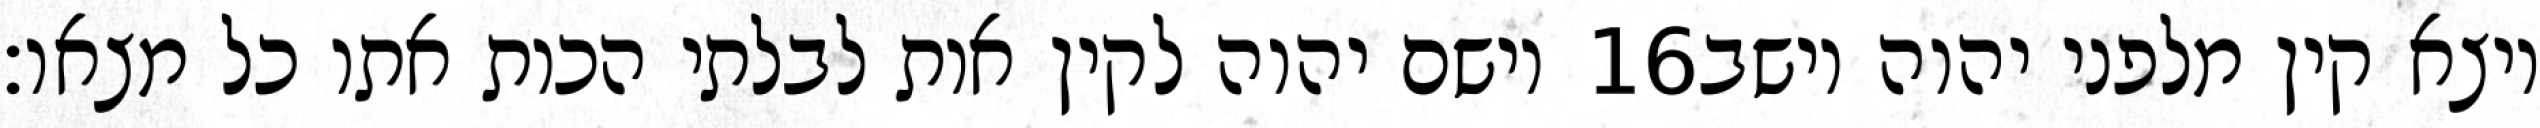
וישם יהוה לקין אות לבלתי הכות אתו כל מצאו׃ ‎16‏ ויצא קין מלפני יהוה וישב